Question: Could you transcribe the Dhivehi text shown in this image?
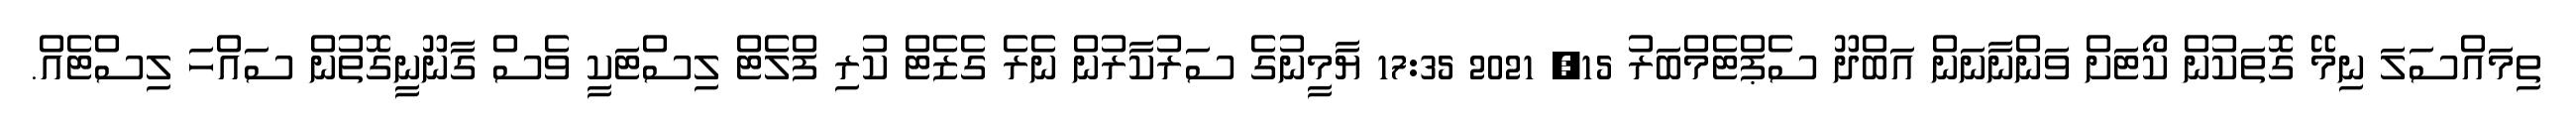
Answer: ތިމައްސަލަ ނިމޭ ގޮތަކުން ކޯޓަށް ވަންނާނަން އަބްދޫ ސެޕްޓެމްބަރު 15, 2021 17:35 ޔާމީނުގެ ސަރުކާރުން ނެރެ ގެޒެޓް ކުރި ފްލެޓް ލިސްޓަކީ ވެސް ގާނޫނީގޮތުން ސައްހަ ލިސްޓެއް.